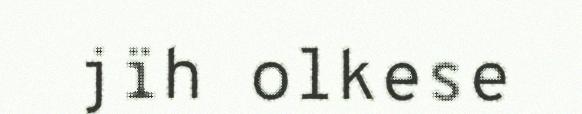
jïh olkese